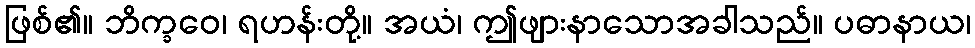
ဖြစ်၏။ ဘိက္ခဝေ၊ ရဟန်းတို့။ အယံ၊ ဤဖျားနာသောအခါသည်။ ပဓာနာယ၊